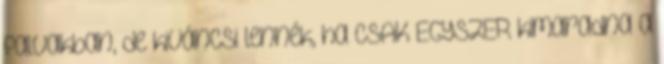
falvakban, de kiváncsi lennék, ha CSAK EGYSZER kimaradna a